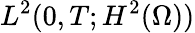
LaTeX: L^{2}(0,T;H^{2}(\Omega))